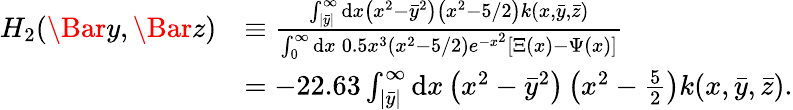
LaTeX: \begin{array}{rl}{H_{2}(\Bar{y},\Bar{z})}&{\equiv\frac{\int_{|\bar{y}|}^{\infty}\mathrm{d}x\left(x^{2}-\bar{y}^{2}\right)\left(x^{2}-5/2\right)k(x,\bar{y},\bar{z})}{\int_{0}^{\infty}\mathrm{d}x\: 0.5x^{3}\left(x^{2}-5/2\right)e^{-x^{2}}[\Xi(x)-\Psi(x)]}}\\ &{=-22.63\int_{|\bar{y}|}^{\infty}\mathrm{d}x\left(x^{2}-\bar{y}^{2}\right)\left(x^{2}-\frac{5}{2}\right)k(x,\bar{y},\bar{z}).}\end{array}